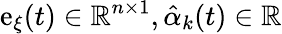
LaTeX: \mathrm{e}_{\xi}(t)\in\mathbb{{R}}^{n\times1},{\hat{{\alpha}}}_{k}(t)\in\mathbb{{R}}